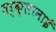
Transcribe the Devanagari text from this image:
तर्क़्लानाई